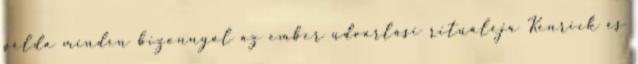
példa minden bizonnyal az ember udvarlási rituáléja Kenrick és